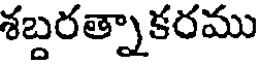
శబ్దరత్నాకరము